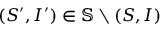
( S ^ { \prime } , I ^ { \prime } ) \in \mathbb { S } \setminus { ( S , I ) }